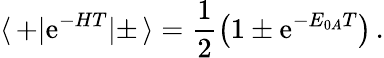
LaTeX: \langle\, +|\mathrm{e}^{-HT}|\pm\, \rangle=\frac{1}{2}\left(1\pm\mathrm{e}^{-E_{0A}T}\right)\, .